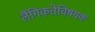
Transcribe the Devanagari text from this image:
लैंगिकतेविषयक